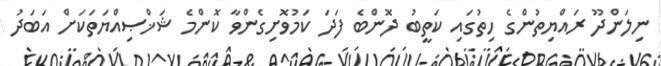
ނިލަންދޫ ރައްޔިތުންގެ ހިތުގައި ކަތީބު ދޮންބެ ފަދަ ކަމުވޮށިގެންވާ ކޮންމެ ޝަޚްޞިއްޔަތަކަށް އަބަދު